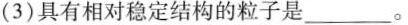
(3)具有相对稳定结构的粒子是_______。